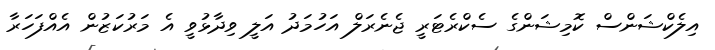
އިލެކްޝަންސް ކޮމިޝަންގެ ސެކްރެޓަރީ ޖެނެރަލް އަހުމަދު އަލީ ވިދާޅުވީ އެ މަރުކަޒުން އެއްފަހަރާ